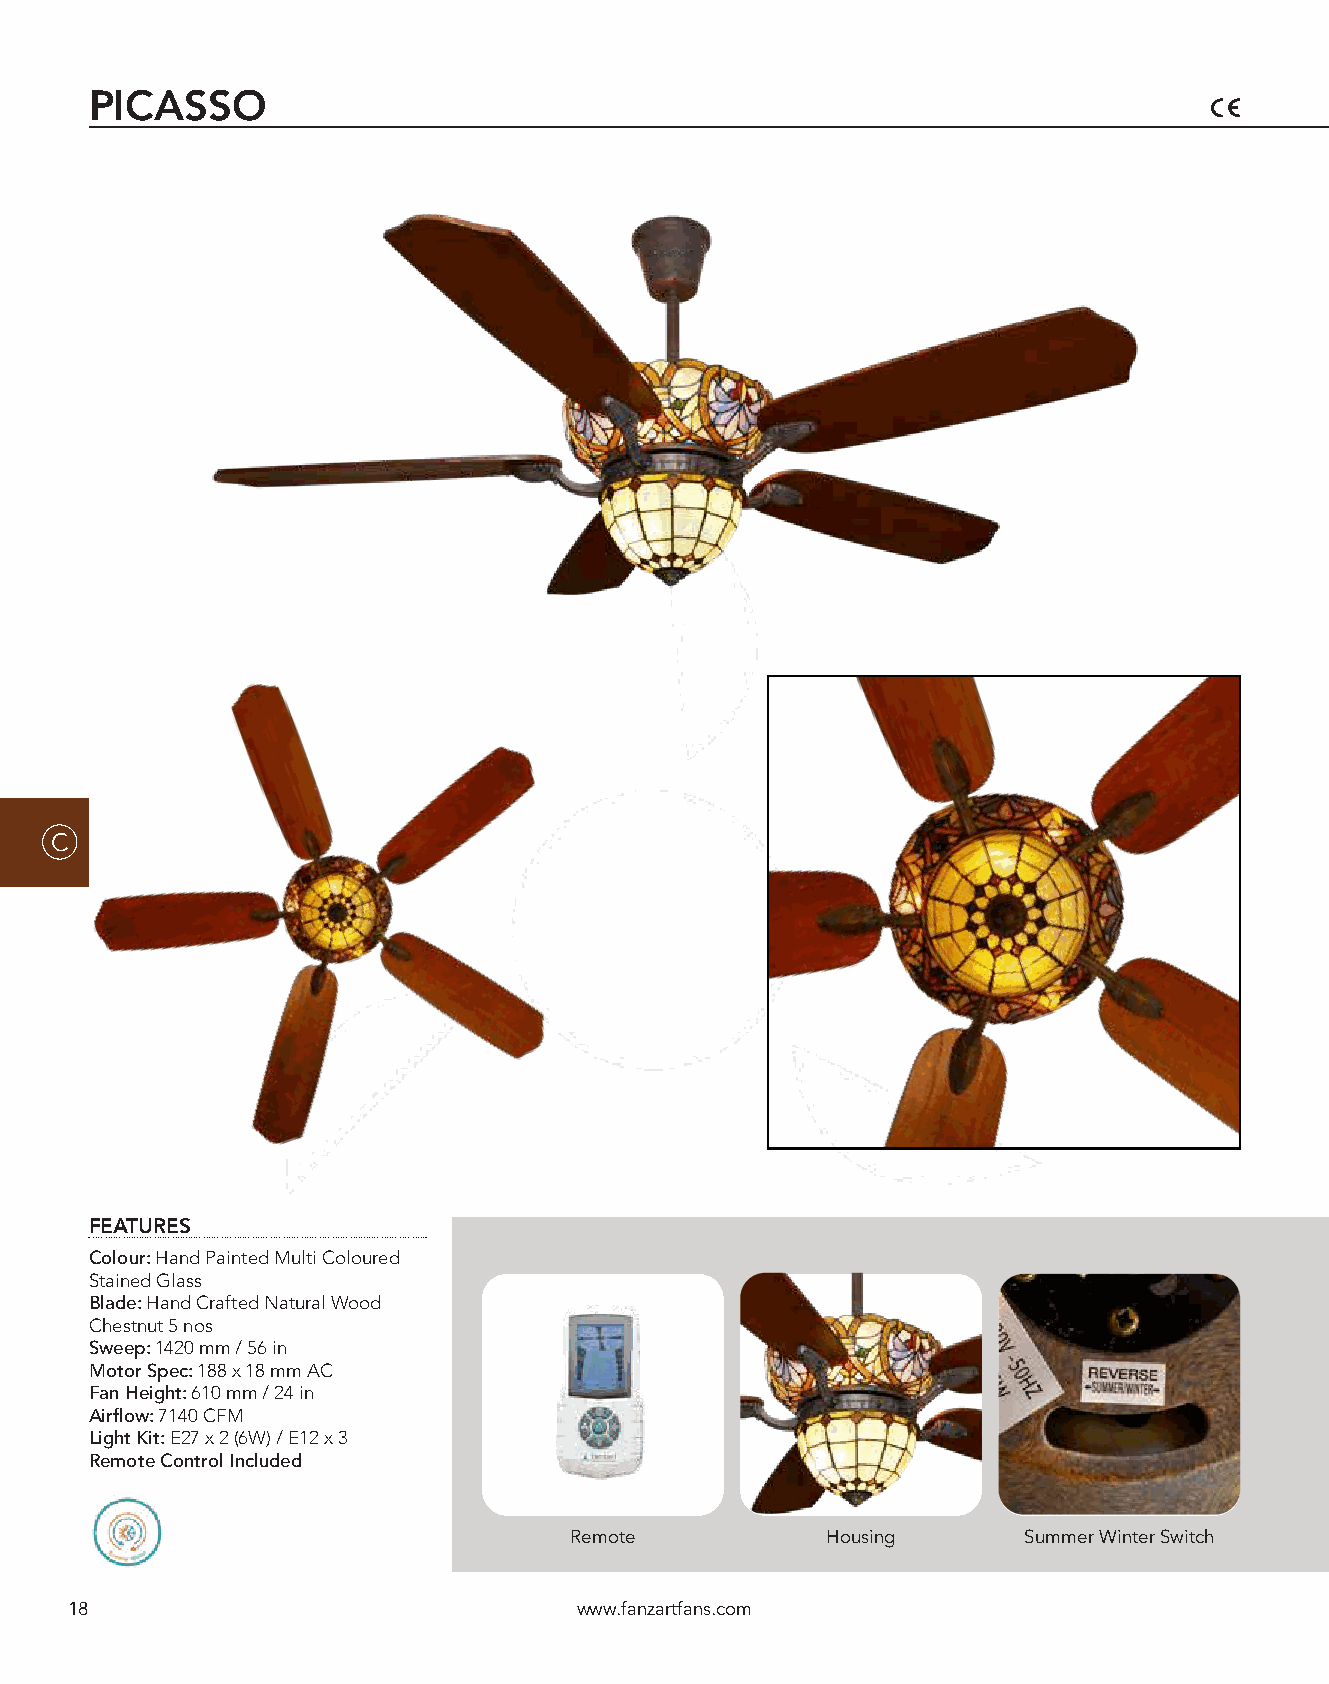
PICASSO
 C
 FEATURES
 Colour: Hand Painted Multi Coloured
 Stained Glass
 Blade: Hand Crafted Natural Wood
 Chestnut 5 nos
 Sweep: 1420 mm / 56 in
 Motor Spec: 188 x 18 mm AC
 Fan Height: 610 mm / 24 in
 Airflow: 7140 CFM
 Light Kit: E27 x 2 (6W) / E12 x 3
 Remote Control Included
 Remote           Housing      Summer Winter Switch
 18                                www.fanzartfans.com